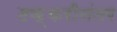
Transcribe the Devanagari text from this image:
टक्करीनंतर